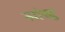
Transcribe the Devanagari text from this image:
सांखु